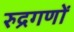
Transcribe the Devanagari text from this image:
रुद्रगणों